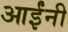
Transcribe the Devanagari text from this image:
आईंनी